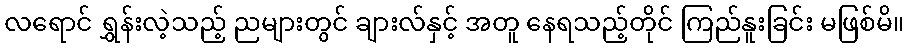
လရောင် ရွှန်းလဲ့သည့် ညများတွင် ချားလ်နှင့် အတူ နေရသည့်တိုင် ကြည်နူးခြင်း မဖြစ်မိ။